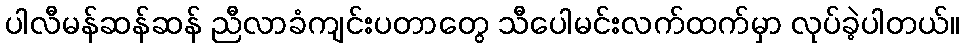
ပါလီမန်ဆန်ဆန် ညီလာခံကျင်းပတာတွေ သီပေါမင်းလက်ထက်မှာ လုပ်ခဲ့ပါတယ်။